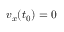
v _ { x } ( t _ { 0 } ) = 0